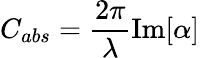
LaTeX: C_{abs}={\frac{2\pi}{\lambda}}{\mathrm{Im}}[\alpha]